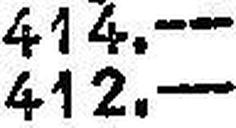
412.—